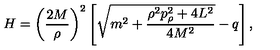
H = \left( \frac { 2 M } { \rho } \right) ^ { 2 } \left[ \sqrt { m ^ { 2 } + \frac { \rho ^ { 2 } p _ { \rho } ^ { 2 } + 4 L ^ { 2 } } { 4 M ^ { 2 } } } - q \right] ,